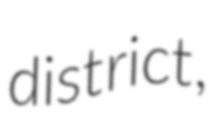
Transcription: district,